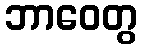
ဘာဝေတွ